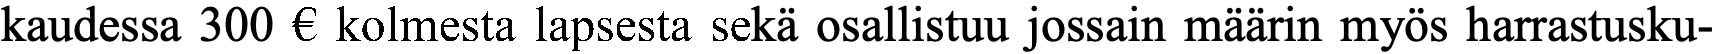
kaudessa 300 € kolmesta lapsesta sekä osallistuu jossain määrin myös harrastusku-